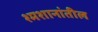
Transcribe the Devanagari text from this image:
श्मशानांतील